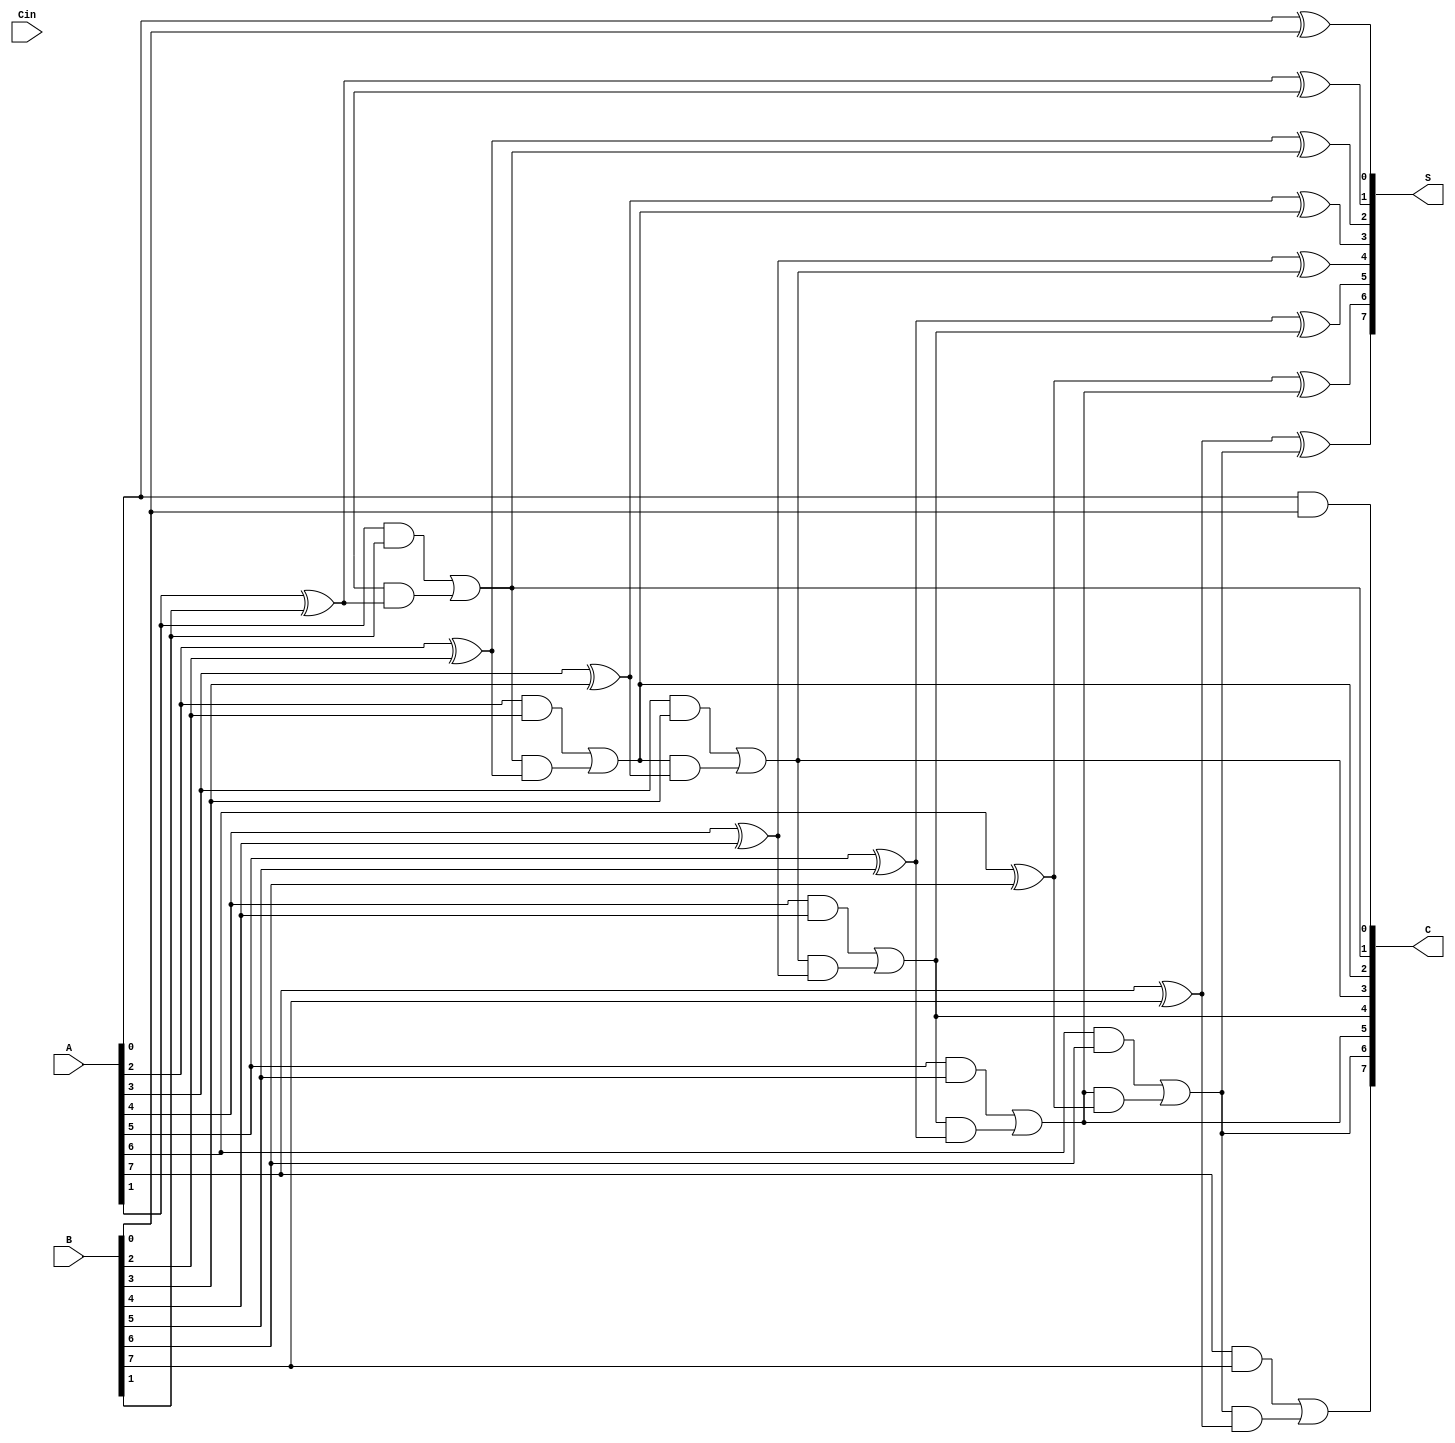
module CarrySaveAdder #(parameter N = 8) (
    input  [N-1:0] A,      // First n-bit input
    input  [N-1:0] B,      // Second n-bit input
    input         Cin,      // Carry-in
    output [N-1:0] S,      // Sum output
    output [N-1:0] C       // Carry output
);

    // Internal wires for half adder and full adder outputs
    wire [N-1:0] HA_S;      // Sum outputs from half adders
    wire [N-1:0] HA_C;      // Carry outputs from half adders
    wire [N-1:0] FA_S;      // Sum outputs from full adders
    wire [N-1:0] FA_C;      // Carry outputs from full adders

    // Generate half adders for the first bit
    genvar i;
    generate
        for (i = 0; i < N; i = i + 1) begin : HA
            if (i == 0) begin
                // For the least significant bit, use a half adder
                assign HA_S[i] = A[i] ^ B[i]; // Sum
                assign HA_C[i] = A[i] & B[i]; // Carry
            end else begin
                // For other bits, use full adders
                assign FA_S[i] = A[i] ^ B[i] ^ FA_C[i-1]; // Sum
                assign FA_C[i] = (A[i] & B[i]) | (FA_C[i-1] & (A[i] ^ B[i])); // Carry
            end
        end
    endgenerate

    // Final outputs
    assign S = {FA_S[N-1:1], HA_S[0]}; // Combine sum outputs
    assign C = {FA_C[N-1:1], HA_C[0]}; // Combine carry outputs

endmodule